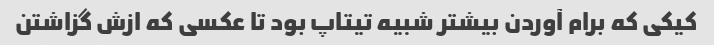
کیکی که برام آوردن بیشتر شبیه تیتاپ بود تا عکسی که ازش گزاشتن